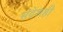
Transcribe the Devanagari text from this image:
संदेशही